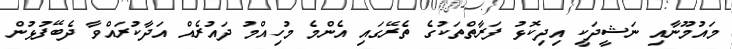
މައުމޫނާއި ނަޝީދަކީ އިދިކޮޅު ފަރާތްތަކުގެ ތެރޭގައި އެންމެ މުހިއްމު ދައުރެއް އަދާކުރައްވާ ދެބޭފުޅުން